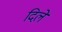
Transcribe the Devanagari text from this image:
दिलेे